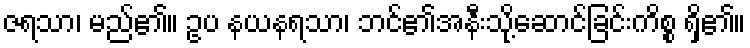
ဇရသာ၊ မည်၏။ ဥပ နယနရသာ၊ ဘင်၏အနီးသို့ဆောင်ခြင်းကိစ္စ ရှိ၏။